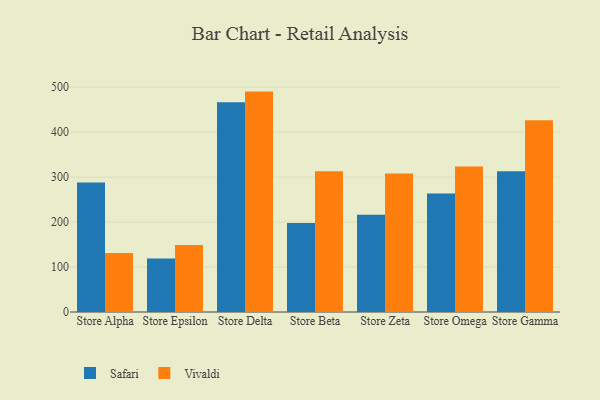
{"axis": {"x": "Store", "y": "Humidity (%)"}, "legend": ["Safari", "Vivaldi"], "data": [{"x": "Store Alpha", "y": 288.1, "type": "Safari"}, {"x": "Store Alpha", "y": 131.2, "type": "Vivaldi"}, {"x": "Store Epsilon", "y": 118.8, "type": "Safari"}, {"x": "Store Epsilon", "y": 149.0, "type": "Vivaldi"}, {"x": "Store Delta", "y": 466.3, "type": "Safari"}, {"x": "Store Delta", "y": 490.1, "type": "Vivaldi"}, {"x": "Store Beta", "y": 198.1, "type": "Safari"}, {"x": "Store Beta", "y": 313.0, "type": "Vivaldi"}, {"x": "Store Zeta", "y": 216.4, "type": "Safari"}, {"x": "Store Zeta", "y": 308.1, "type": "Vivaldi"}, {"x": "Store Omega", "y": 263.7, "type": "Safari"}, {"x": "Store Omega", "y": 323.5, "type": "Vivaldi"}, {"x": "Store Gamma", "y": 312.9, "type": "Safari"}, {"x": "Store Gamma", "y": 426.4, "type": "Vivaldi"}]}